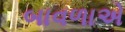
બાવળાએ